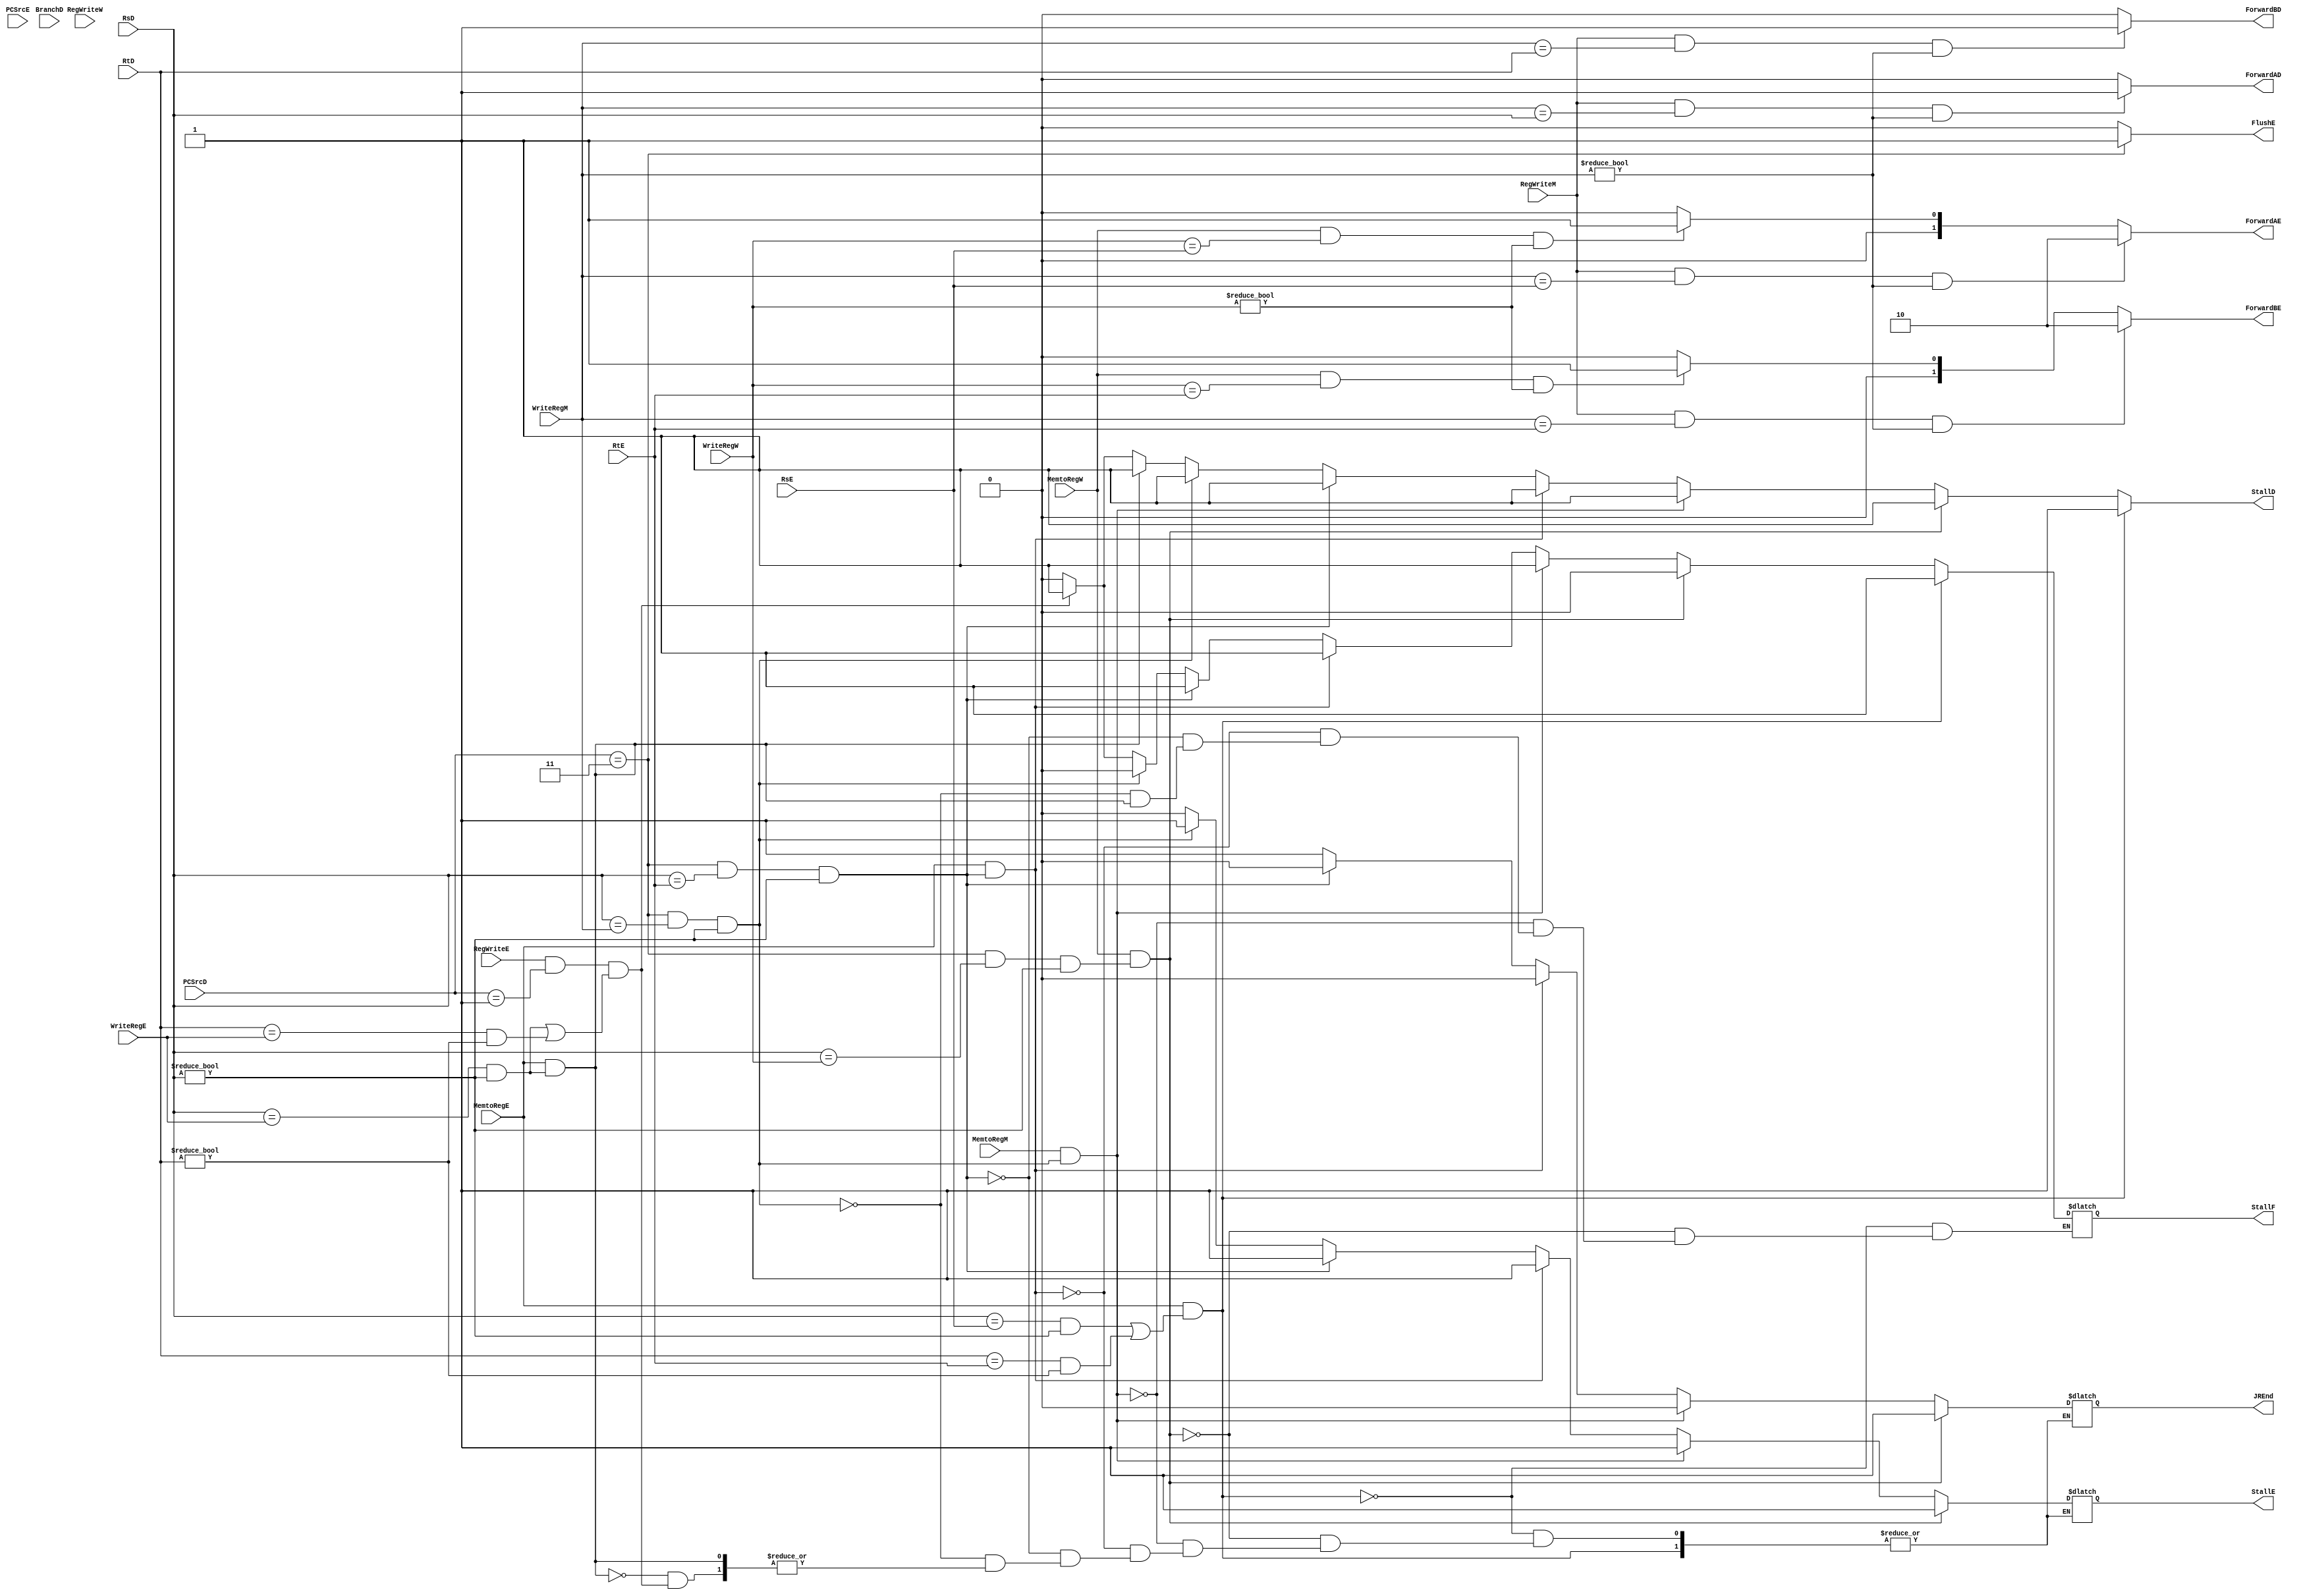

module HazardUnit (BranchD, PCSrcD, PCSrcE, RsD, RtD, RsE, RtE, MemtoRegE, MemtoRegM, MemtoRegW, RegWriteE, RegWriteM, RegWriteW,
    WriteRegE, WriteRegM, WriteRegW,
    StallF, StallD, StallE, FlushE, JREnd,
    ForwardAD, ForwardBD, ForwardAE, ForwardBE);
    input BranchD, MemtoRegE, MemtoRegM, MemtoRegW, RegWriteE, RegWriteM, RegWriteW;
    input [4:0] RsD, RtD, RsE, RtE, WriteRegE, WriteRegM, WriteRegW;
    input [1:0] PCSrcD, PCSrcE;
    output StallF, StallD, StallE, FlushE, JREnd;
    output ForwardAD, ForwardBD;
    output [1:0] ForwardAE, ForwardBE;
    reg StallF, StallD, StallE, FlushE, JREnd;
    reg ForwardAD, ForwardBD;
    reg [1:0] ForwardAE, ForwardBE;
    
    initial begin
        StallD <= 0;
        StallF <= 0;
        StallE <= 0;
        // It means that stall for jr should end
        JREnd <= 1;
        FlushE <= 0;
        ForwardAD <= 0;
        ForwardAE <= 0;
        ForwardBD <= 0;
        ForwardBE <= 0;
    end

    always @(*) begin
        // stall
        // stall for lw
        if (MemtoRegE && (((RsD == RsE) && (RsD != 0)) || ((RtD == RtE) && (RtD != 0)))) begin
            StallF <= 1;
            StallD <= 1;
        // stall for jr after lw 3rd stage
        end else if (MemtoRegW && (((PCSrcD == 2'b11) && (RsD == WriteRegW) && (RsD != 0)))) begin
            StallF <= 0;
            StallD <= 1;
            StallE <= 1;
            JREnd <= 1;
        // stall for jr after lw 2nd stage
        end else if (MemtoRegM && (((PCSrcD == 2'b11) && (RsD == WriteRegM) && (RsD != 0)))) begin
            StallF <= 1;
            StallD <= 1;
            StallE <= 1;
            JREnd <= 0;
        // stall for jr after lw 1st stage
        end else if (MemtoRegE && (((PCSrcD == 2'b11) && (RsD == RtE) && (RsD != 0)))) begin
            StallF <= 1;
            StallD <= 1;
            StallE <= 1;
            JREnd <= 0;
        // stall for normal jr 1st stage
        end else if ((PCSrcD == 2'b11) && (RsD == RtE) && (RsD != 0)) begin
            StallF <= 1;
            StallD <= 1;
            StallE <= 1;
            JREnd <= 0;
        // stall for normal jr 2nd stage
        end else if ((PCSrcD == 2'b11) && (RsD == WriteRegM) && (RsD != 0)) begin
            StallF <= 0;
            StallD <= 1;
            StallE <= 1;
            JREnd <= 1;
        // stall for beq and bne after lw
        end else if (MemtoRegE && ((RsD == WriteRegE) && (RsD != 0))) begin
            StallD <= 1;
        // stall for beq and bne
        end else if (RegWriteE && (PCSrcD == 2'b01) && (((RsD == WriteRegE) && (RsD != 0)) || ((RtD == WriteRegE) && (RtD != 0)))) begin
            StallF <= 1;
            StallD <= 1;
        // no stall
        end else begin
            StallF <= 0;
            StallD <= 0;
            StallE <= 0;
            JREnd <= 1;
        end

        if (PCSrcD == 2'b11) begin
            FlushE <= 1;
        end else begin
            FlushE <= 0;
        end

        // Forward from EX to EX
        if (RegWriteM && (WriteRegM == RsE) && (WriteRegM != 0)) begin
            ForwardAE <= 2'b10;
        // Forward from Mem to EX when lw (MemtoRegW == 1)
        end else if (MemtoRegW && (WriteRegW == RsE) && (WriteRegW != 0)) begin
            ForwardAE <= 2'b01;
        // No forward
        end else begin
            ForwardAE <= 2'b00;
        end

        // Forward from EX to EX
        if (RegWriteM && (WriteRegM == RtE) && (WriteRegM != 0)) begin
            ForwardBE <= 2'b10;
        // Forward from Mem to EX when lw (MemtoRegW == 1)
        end else if (MemtoRegW && (WriteRegW == RtE) && (WriteRegW != 0)) begin
            ForwardBE <= 2'b01;
        // No forward
        end else begin
            ForwardBE <= 2'b00;
        end

        // Forward from EX to ID
        if (RegWriteM && (WriteRegM == RsD) && (WriteRegM != 0)) begin
            ForwardAD <= 1;
        // No forward
        end else begin
            ForwardAD <= 0;
        end

        // Forward from EX to ID
        if (RegWriteM && (WriteRegM == RtD) && (WriteRegM != 0)) begin
            ForwardBD <= 1;
        // No forward
        end else begin
            ForwardBD <= 0;
        end


    end

endmodule